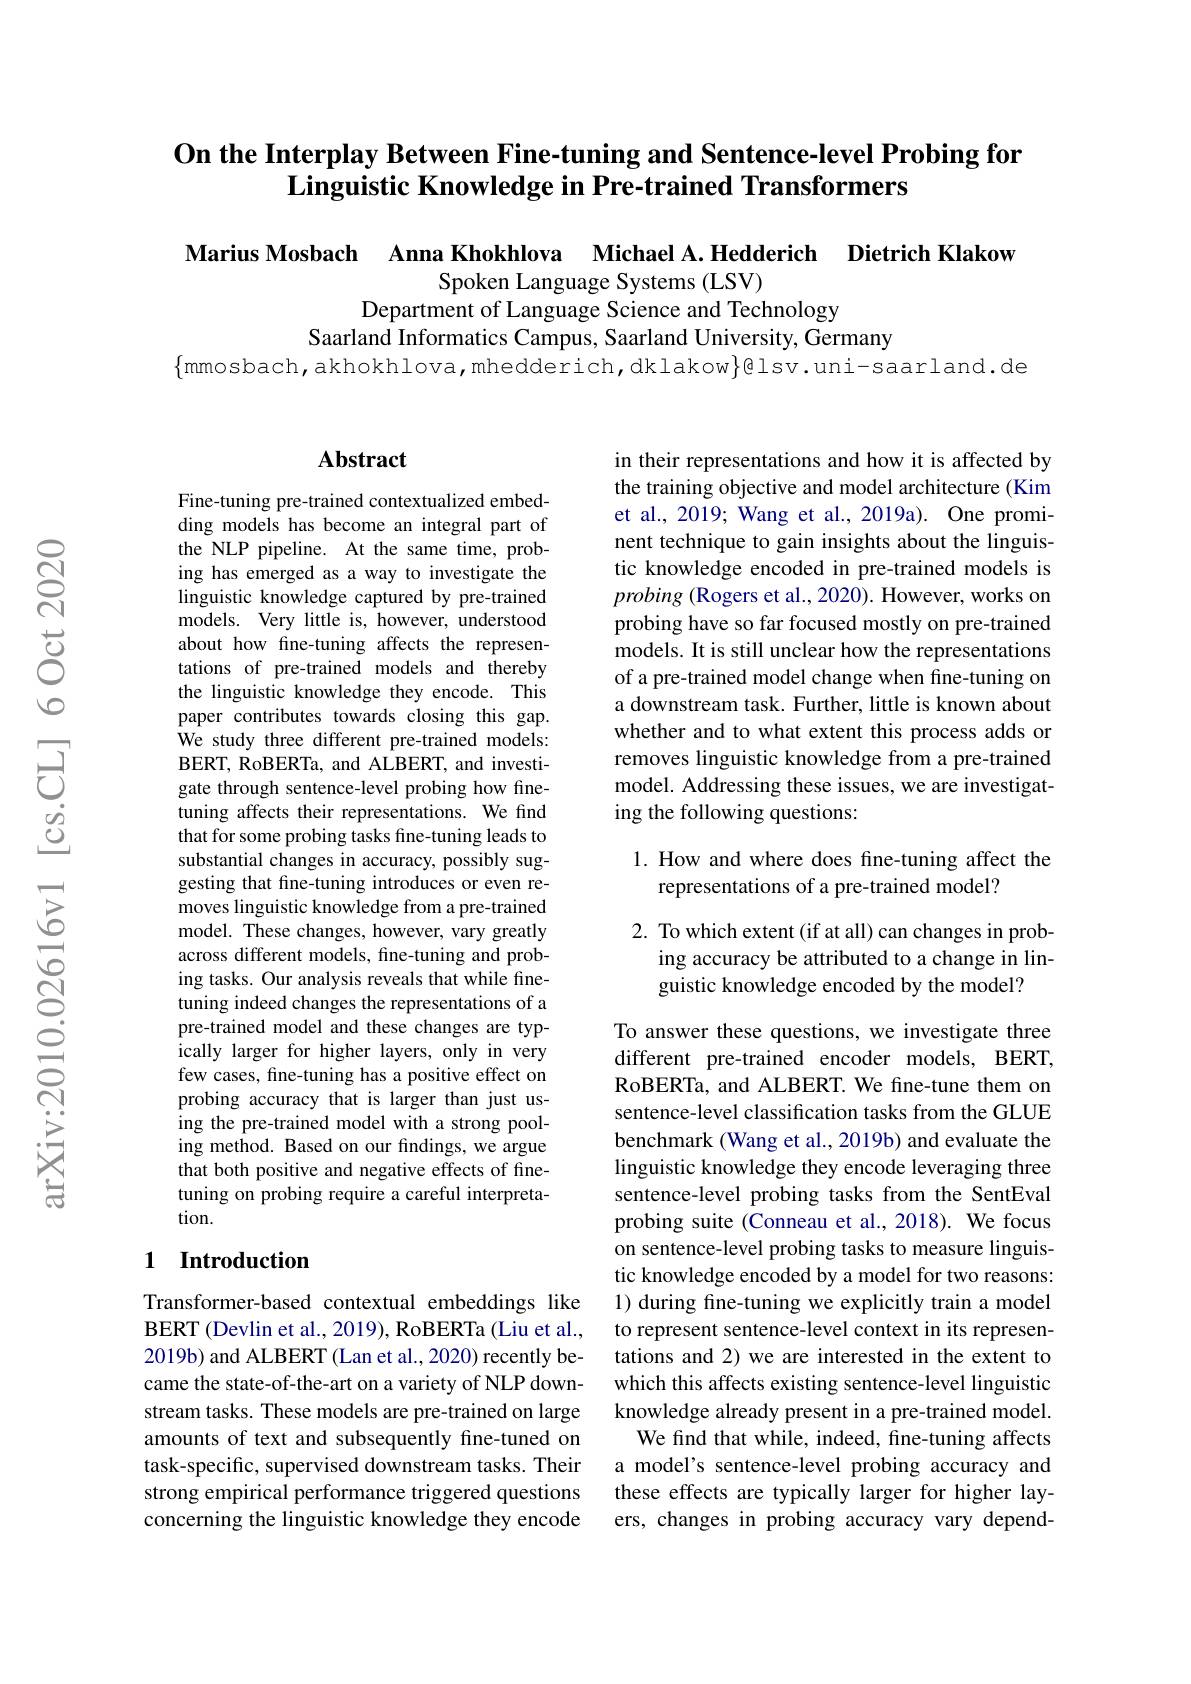
## On the Interplay Between Fine-tuning and Sentence-level Probing for Linguistic Knowledge in Pre-trained Transformers

Marius Mosbach Anna Khokhlova Michael A.Hedderich Dietrich Klakow
Spoken Language Systems (LSV)
Department of Language Science and Technology
Saarland Informatics Campus, Saarland University, Germany
$\{$mmosbach,akhokhlova,mhedderich,dklakow$\}$@lsv.uni-saarland.de

### $\mathbf{Abstract}$

Fine-tuning pre-trained contextualized embedding models has become an integral part of the NLP pipeline. At the same time, probing has emerged as a way to investigate the linguistic knowledge captured by pre-trained models. Very little is, however, understood about how fne-tuning affects the representations of pre-trained models and thereby the linguistic knowledge they encode. This paper contributes towards closing this gap. We study three different pre-trained models: BERT, RoBERTa, and ALBERT, and investigate through sentence-level probing how finetuning affects their representations. We find that for some probing tasks fine-tuning leads to substantial changes in accuracy, possibly suggesting that fine-tuning introduces or even removes linguistic knowledge from a pre-trained model. These changes, however, vary greatly across different models, fine-tuning and probing tasks. Our analysis reveals that while finetuning indeed changes the representations of a pre-trained model and these changes are typically larger for higher layers, only in very few cases, fine-tuning has a positive effect on probing accuracy that is larger than just using the pre-trained model with a strong pooling method. Based on our findings, we argue that both positive and negative effects of finetuning on probing require a careful interpretation.

## 1 Introduction

Transformer-based contextual embeddings like BERT ( Devlin et al. , 2019) , RoBERTa ( Liu et al. , 2019b) and ALBERT (Lan et al., 2020) recently became the state-of-the-art on a variety of NLP downstream tasks. These models are pre-trained on large amounts of text and subsequently fine-tuned on task-specific, supervised downstream tasks. Their strong empirical performance triggered questions concerning the linguistic knowledge they encode

in their representations and how it is affected by the training objective and model architecture (Kim et al., 2019; Wang et al., 2019a). One prominent technique to gain insights about the linguistic knowledge encoded in pre-trained models is $probing~($Rogers et al., 2020). However, works on probing have so far focused mostly on pre-trained models. It is still unclear how the representations of a pre-trained model change when fine-tuning on a downstream task. Further, little is known about whether and to what extent this process adds or removes linguistic knowledge from a pre-trained model. Addressing these issues, we are investigating the following questions:

# 1. How and where does fine-tuning affect the representations of a pre-trained model?

2. To which extent (if at all) can changes in prob-
ing accuracy be attributed to a change in lin-
guistic knowledge encoded by the model?

To answer these questions, we investigate three different pre-trained encoder models, BERT, RoBERTa, and ALBERT. We fine-tune them on sentence-level classification tasks from the GLUE benchmark (Wang et al., 2019b) and evaluate the linguistic knowledge they encode leveraging three sentence-level probing tasks from the SentEval probing suite (Conneau et al., 2018). We focus on sentence-level probing tasks to measure linguistic knowledge encoded by a model for two reasons: 1) during fine-tuning we explicitly train a model to represent sentence-level context in its representations and 2) we are interested in the extent to which this affects existing sentence-level linguistic knowledge already present in a pre-trained model. We find that while, indeed, fine-tuning affects
a model's sentence-level probing accuracy and these effects are typically larger for higher layers, changes in probing accuracy vary depend-